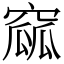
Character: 窳